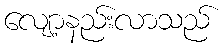
လျော့နည်းလာသည်